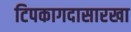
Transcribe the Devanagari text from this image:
टिपकागदासारखा